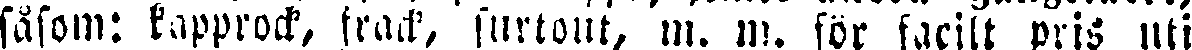
såsom: kapprock, frack, surtout, m. m. för facilt pris uti